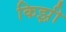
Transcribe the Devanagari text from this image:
किझ़ी